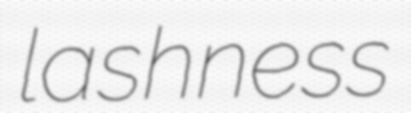
lashness